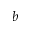
b